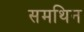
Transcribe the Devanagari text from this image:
समथिन